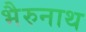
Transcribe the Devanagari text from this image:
भैरुनाथ